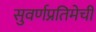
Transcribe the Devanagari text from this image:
सुवर्णप्रतिमेची